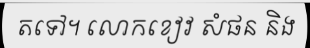
តទៅ។ លោកខៀវ សំផន និង